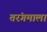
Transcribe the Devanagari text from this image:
तरंगमाला